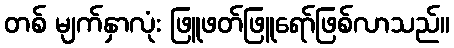
တစ် မျက်နှာလုံး ဖြူဖတ်ဖြူရော်ဖြစ်လာသည်။